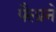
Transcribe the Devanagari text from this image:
पैलाने